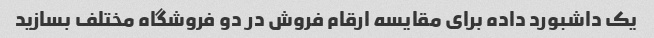
یک داشبورد داده برای مقایسه ارقام فروش در دو فروشگاه مختلف بسازید